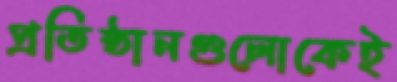
প্রতিষ্ঠানগুলোকেই